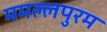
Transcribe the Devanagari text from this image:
ममल्लपुरम